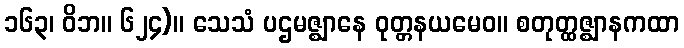
၁၆၃၊ ဝိဘ။ ၆၂၄)။ သေသံ ပဌမဇ္ဈာနေ ဝုတ္တနယမေဝ။ စတုတ္ထဇ္ဈာနကထာ